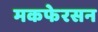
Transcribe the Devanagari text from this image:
मकफेरसन